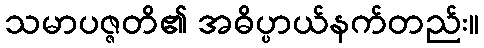
သမာပဇ္ဇတိ၏ အဓိပ္ပာယ်နက်တည်း။